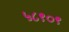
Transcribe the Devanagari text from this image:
५८९०९